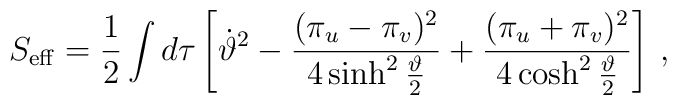
S_{{\mathrm{eff}}} = \frac 12 \int d\tau \left[\dot{\vartheta}^2 -                     \frac{(\pi_u - \pi_v)^2}{4\sinh^2\frac{\vartheta}{2}} +                     \frac{(\pi_u + \pi_v)^2}                     {4\cosh^2\frac{\vartheta}{2}}\right]\,,